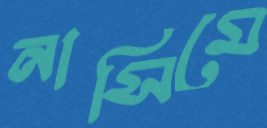
নাসিমে